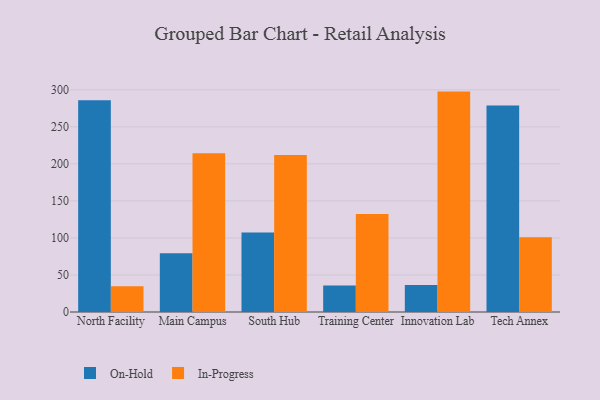
{"axis": {"x": "Campus", "y": "Satisfaction Score"}, "legend": ["In-Progress", "On-Hold"], "data": [{"x": "North Facility", "y": 285.9, "type": "On-Hold"}, {"x": "North Facility", "y": 34.8, "type": "In-Progress"}, {"x": "Main Campus", "y": 79.4, "type": "On-Hold"}, {"x": "Main Campus", "y": 214.3, "type": "In-Progress"}, {"x": "South Hub", "y": 107.5, "type": "On-Hold"}, {"x": "South Hub", "y": 211.9, "type": "In-Progress"}, {"x": "Training Center", "y": 35.9, "type": "On-Hold"}, {"x": "Training Center", "y": 132.4, "type": "In-Progress"}, {"x": "Innovation Lab", "y": 36.4, "type": "On-Hold"}, {"x": "Innovation Lab", "y": 297.6, "type": "In-Progress"}, {"x": "Tech Annex", "y": 279.0, "type": "On-Hold"}, {"x": "Tech Annex", "y": 101.1, "type": "In-Progress"}]}